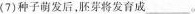
(7)种子萌发后，胚芽将发育成___。